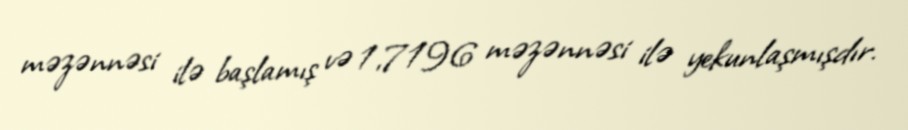
məzənnəsi ilə başlamış və 1,7196 məzənnəsi ilə yekunlaşmışdır.